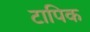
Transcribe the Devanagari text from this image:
टापिक